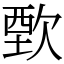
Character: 歅